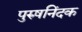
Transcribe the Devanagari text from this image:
पुरुषनिंदक